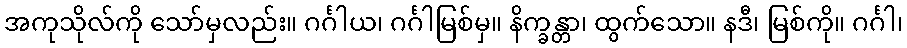
အကုသိုလ်ကို သော်မှလည်း။ ဂင်္ဂါယ၊ ဂင်္ဂါမြစ်မှ။ နိက္ခန္တာ၊ ထွက်သော။ နဒီ၊ မြစ်ကို။ ဂင်္ဂါ၊